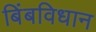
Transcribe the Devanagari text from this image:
बिंबविधान